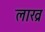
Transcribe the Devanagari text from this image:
लाख्र